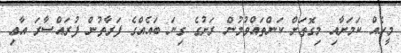
މީހެއް ކަމަށާއި މިގޮތަށް ކަންތައްވުމުން ރަށުގެ ގިނަ ބައެއްގެ ފަރާތުން ފުރައްސާރަ އާޢި